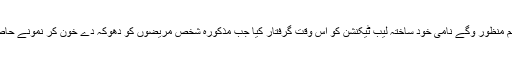
پولیس نے ہاشم منظور وگے نامی خود ساختہ لیب ٹیکنشن کو اُس وقت گرفتار کیا جب مذکورہ شخص مریضوں کو دھوکہ دے خون کر نمونے حاصل کررہا تھا۔